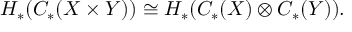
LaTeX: H _ { * } ( C _ { * } ( X \times Y ) ) \cong H _ { * } ( C _ { * } ( X ) \otimes C _ { * } ( Y ) ) .